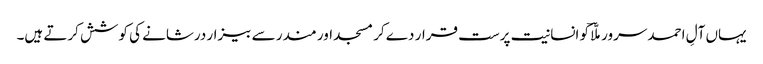
یہاں آلِ احمد سرور ملّاؔ کو انسانیت پرست قرار دے کر مسجد اور مندر سے بیزار درشانے کی کوشش کرتے ہیں۔